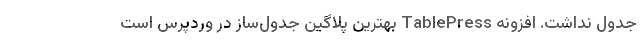
جدول نداشت. افزونه TablePress بهترین پلاگین جدول‌ساز در وردپرس است